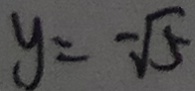
y = - \sqrt { 5 }